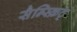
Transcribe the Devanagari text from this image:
सैन्स्क्रिट्